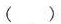
( )